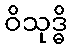
ဝိသုဒ္ဓိ